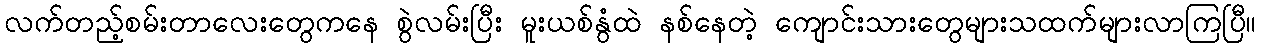
လက်တည့်စမ်းတာလေးတွေကနေ စွဲလမ်းပြီး မူးယစ်နွံထဲ နစ်နေတဲ့ ကျောင်းသားတွေများသထက်များလာကြပြီ။